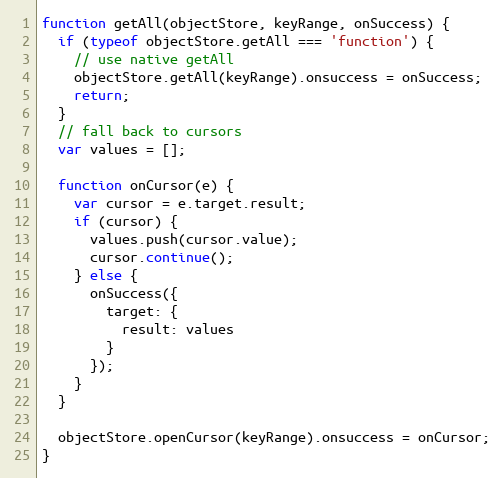
Language: JavaScript
function getAll(objectStore, keyRange, onSuccess) {
  if (typeof objectStore.getAll === 'function') {
    // use native getAll
    objectStore.getAll(keyRange).onsuccess = onSuccess;
    return;
  }
  // fall back to cursors
  var values = [];

  function onCursor(e) {
    var cursor = e.target.result;
    if (cursor) {
      values.push(cursor.value);
      cursor.continue();
    } else {
      onSuccess({
        target: {
          result: values
        }
      });
    }
  }

  objectStore.openCursor(keyRange).onsuccess = onCursor;
}